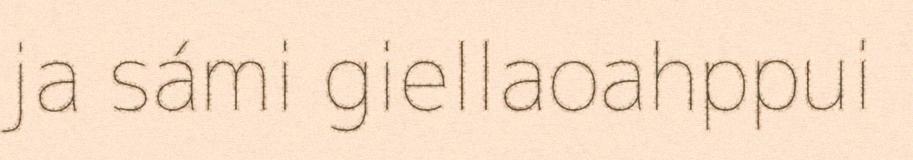
ja sámi giellaoahppui